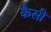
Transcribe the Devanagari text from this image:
कैसीं